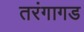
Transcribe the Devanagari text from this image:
तरंगागड